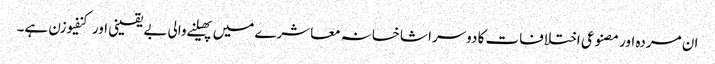
ان مردہ اور مصنوعی اختلافات کا دوسرا شاخسانہ معاشرے میں پھیلنے والی بے یقینی اور کنفیوزن ہے۔